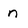
Character: n